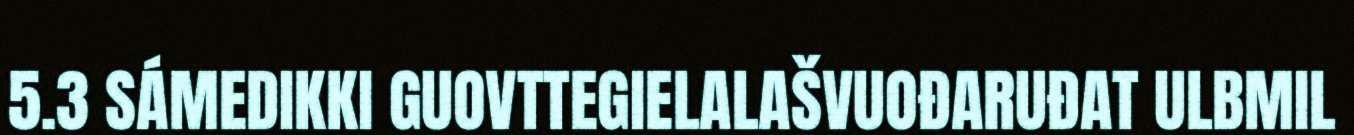
5.3 SÁMEDIKKI GUOVTTEGIELALAŠVUOĐARUĐAT ULBMIL